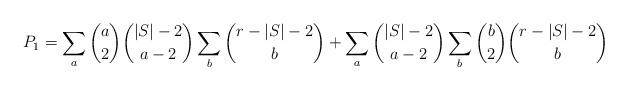
LaTeX: \begin{align*} P_1=\sum_a \binom{a}{2}\binom{|S|-2}{a-2}\sum_b\binom{r-|S|-2}{b}+\sum_a \binom{|S|-2}{a-2}\sum_b \binom{b}{2}\binom{r-|S|-2}{b} \end{align*}